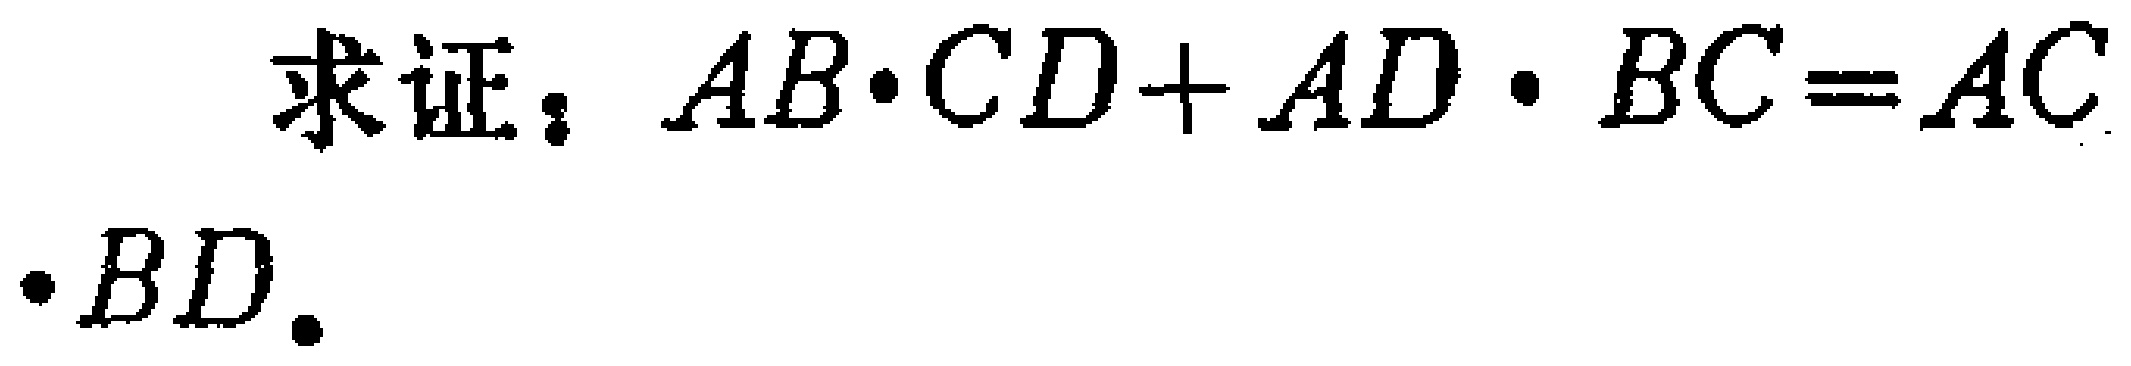
求证：\(AB\cdot CD + AD\cdot BC = AC\cdot BD\)